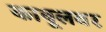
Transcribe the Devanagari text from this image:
काबूलवर